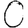
Digit: 0